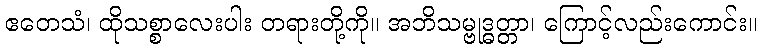
ဧတေသံ၊ ထိုသစ္စာလေးပါး တရားတို့ကို။ အဘိသမ္ဗုဒ္ဓတ္တာ၊ ကြောင့်လည်းကောင်း။